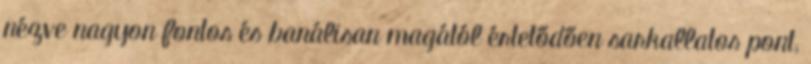
nézve nagyon fontos és banálisan magától értetődően sarkallatos pont,